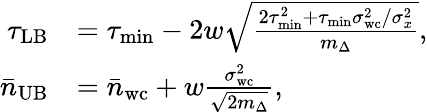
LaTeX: \begin{array}{rl}{\tau_{\mathrm{LB}}}&{=\tau_{\mathrm{min}}-2w\sqrt{\frac{2\tau_{\mathrm{min}}^{2}+\tau_{\mathrm{min}}\sigma_{\mathrm{wc}}^{2}/\sigma_{x}^{2}}{m_{\Delta}}},}\\ {\bar{n}_{\mathrm{UB}}}&{=\bar{n}_{\mathrm{wc}}+w\frac{\sigma_{\mathrm{wc}}^{2}}{\sqrt{2m_{\Delta}}},}\end{array}